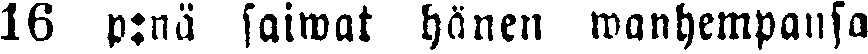
16 p:nä saiwat hänen wanhempansa